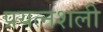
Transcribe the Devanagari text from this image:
प्रयत्नशली